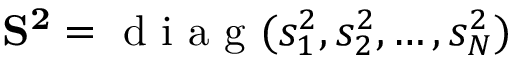
\mathbf { S ^ { 2 } } = \mathbf { \mathrm { ~ d ~ i ~ a ~ g ~ } } ( s _ { 1 } ^ { 2 } , s _ { 2 } ^ { 2 } , \ldots , s _ { N } ^ { 2 } )